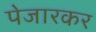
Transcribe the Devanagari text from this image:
पेजारकर